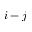
i - j